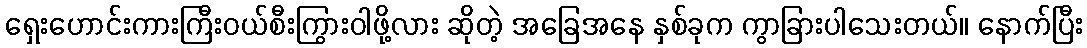
ရှေးဟောင်းကားကြီးဝယ်စီးကြွားဝါဖို့လား ဆိုတဲ့ အခြေအနေ နှစ်ခုက ကွာခြားပါသေးတယ်။ နောက်ပြီး